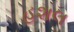
હશલ